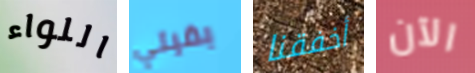
اللواء بقيتي أخفقنا الآن